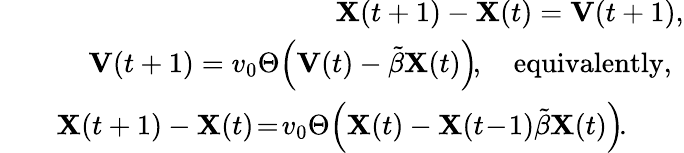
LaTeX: \begin{array}{rlr}&{}&{\mathbf{X}(t+1)-\mathbf{X}(t)=\mathbf{V}(t+1),}\\ &{}&{\mathbf{V}(t+1)=v_{0}\Theta\! \left(\mathbf{V}(t)-\tilde{\beta}\mathbf{X}(t)\right)\! ,\quad\mathrm{equivalently,~}}\\ &{}&{\mathbf{X}(t+1)-\mathbf{X}(t)\! =\! v_{0}\Theta\! \left(\mathbf{X}(t)-\mathbf{X}(t\! -\! 1)\tilde{\beta}\mathbf{X}(t)\right)\! .\quad\quad}\end{array}